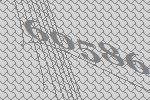
60586